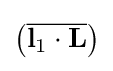
\left({\overline {\mathbf {l} _{1}\cdot \mathbf {L} }}\right)